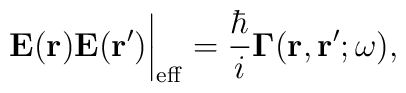
{\bf E(r)E(r')}\bigg|_{\rm eff}={\hbar\over i}\mbox{\boldmath{$\Gamma$}}({\bf r,r'};\omega),